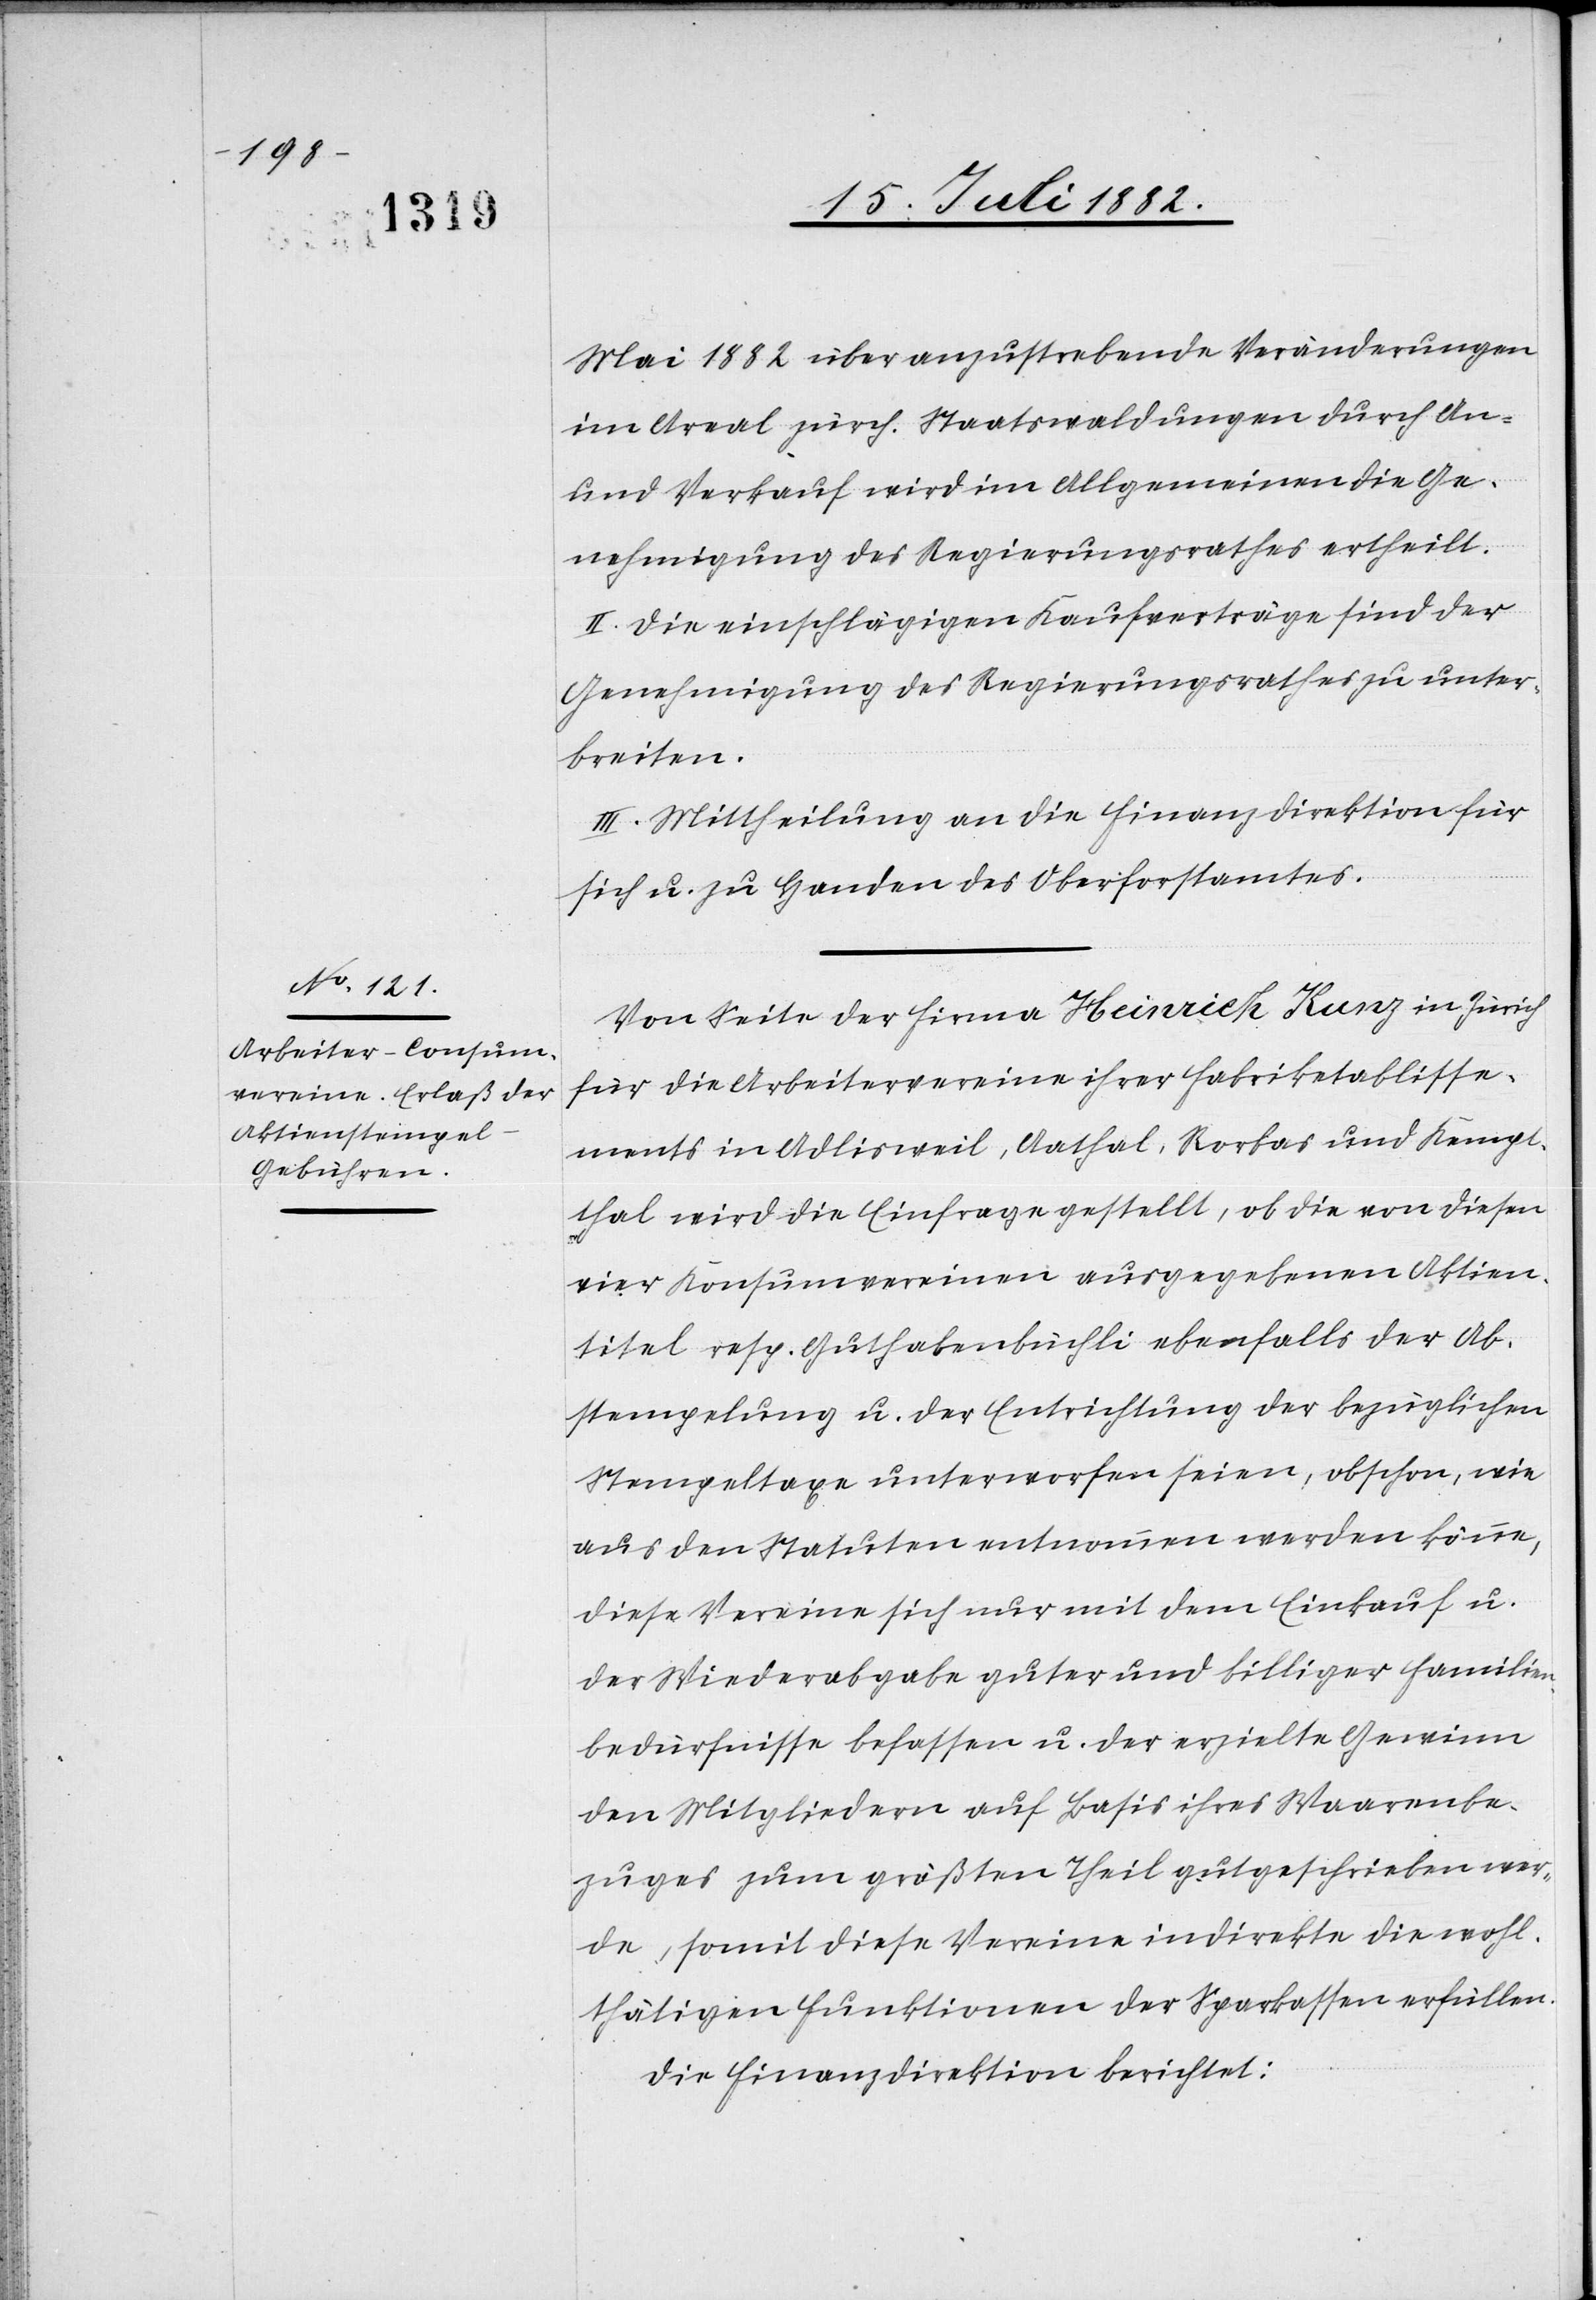
Mai 1882 über anzustrebende Veränderungen
im Areal zürch. Staatswaldungen durch An-
und Verkauf wird im Allgemeinen die Ge¬
nehmigung des Regierungsrathes ertheilt.
II. Die einschlägigen Kaufverträge sind der
Genehmigung des Regierungsrathes zu unter¬
breiten.
III. Mittheilung an die Finanzdirektion für
sich u. zu Handen des Oberforstamtes.
Von Seite der Firma Heinrich Kunz in Zürich
für die Arbeitervereine ihrer Fabriketablisse¬
ments in Adlisweil, Aathal, Rorbas und Kempt¬
thal wird die Einfrage gestellt, ob die von diesen
vier Konsumvereinen ausgegebenen Aktien¬
titel resp. Guthabenbüchli ebenfalls der Ab¬
stempelung u. der Entrichtung der bezüglichen
Stempeltaxe unterworfen seien, obschon, wie
aus den Statuten entnommen werden könne,
diese Vereine sich nur mit dem Einkauf u.
der Wiederabgabe guter und billiger Familien¬
bedürfnisse befassen u. der erzielte Gewinn
den Mitgliedern auf Basis ihres Waarenbe¬
zuges zum größten Theil gutgeschrieben wer¬
de, somit diese Vereine indirekte die wohl¬
thätigen Funktionen der Sparkassen erfüllen.
Die Finanzdirektion berichtet: